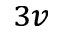
_ { 3 v }